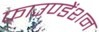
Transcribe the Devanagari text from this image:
फाउण्डेंशन